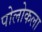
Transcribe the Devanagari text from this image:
पोलोकला